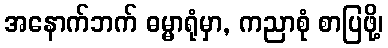
အနောက်ဘက် ဓမ္မာရုံမှာ, ကညာစုံ စာပြဖို့၊